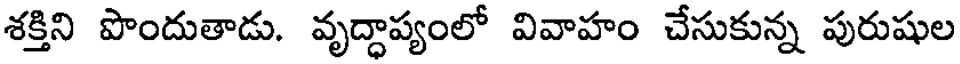
శక్తిని పొందుతాడు. వృద్ధాప్యంలో వివాహం చేసుకున్న పురుషుల